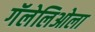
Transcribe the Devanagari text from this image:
गॅलेलिओला